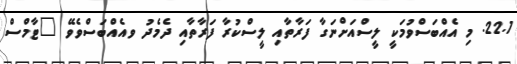
22.1. މި އެއްބަސްވުމަކީ ލީސްއަށްނަގާ ފަރާތާއި ލީސްކުރާ ފަރާތާއި ދެމެދު ވއެއްބަސްވެވޭ "ޓާމްސް